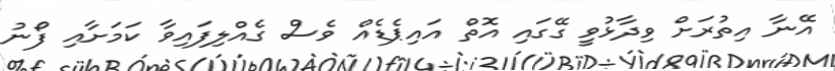
އޭނާ އިތުރަށް ވިދާޅުވިީ ގޭގައި އޮތް އައިޕެޑެއް ވެސް ގެއްލިފައިވާ ކަމަށާއި ފޯނު